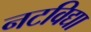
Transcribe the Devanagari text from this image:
नटविद्या